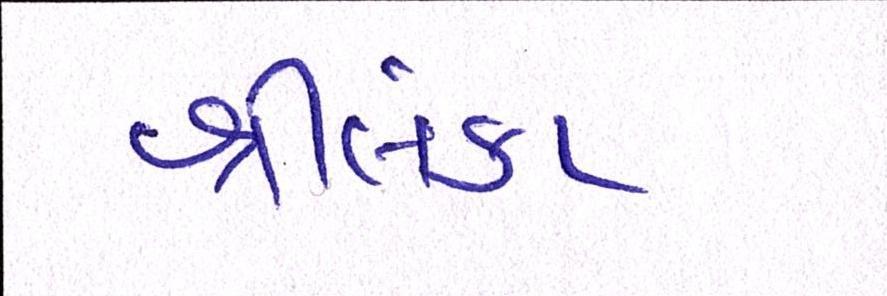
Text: શ્રીલંકા